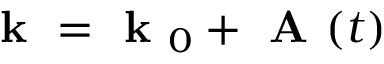
\textbf { k } = \textbf { k } _ { 0 } + \textbf { A } ( t )